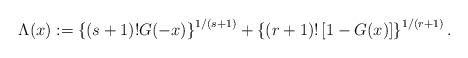
LaTeX: \begin{align*} \Lambda(x):= \left\{ (s+1)!G(-x)\right\}^{1/(s+1)}+ \left\{(r+1)!\left[ 1-G(x)\right] \right\}^{1/(r+1)} .\end{align*}